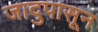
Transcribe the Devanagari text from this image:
जादुपासून